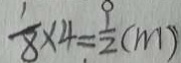
\frac { 1 } { 8 } \times 4 = \frac { 9 } { 2 } ( m )